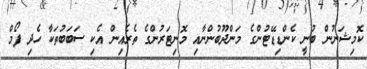
ކޮމިޝަނުން ބުނީ ކެންޑިޑޭޓުންގެ މަންދޫބުންނާއި މޮނިޓަރުންގެ ތެރެއިން އެކި ސަބަބުތަކާ ހެދި ފޯމް